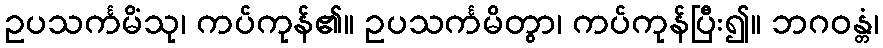
ဥပသင်္ကမိံသု၊ ကပ်ကုန်၏။ ဥပသင်္ကမိတွာ၊ ကပ်ကုန်ပြီး၍။ ဘဂဝန္တံ၊